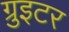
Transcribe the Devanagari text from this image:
ग्रुइटर